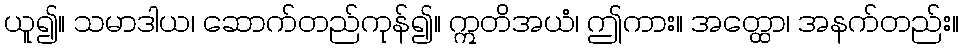
ယူ၍။ သမာဒါယ၊ ဆောက်တည်ကုန်၍။ ဣတိအယံ၊ ဤကား။ အတ္ထော၊ အနက်တည်း။